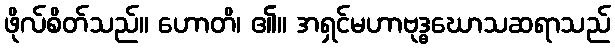
ဖိုလ်စိတ်သည်။ ဟောတိ၊ ၏။ အရှင်မဟာဗုဒ္ဓဃောသဆရာသည်